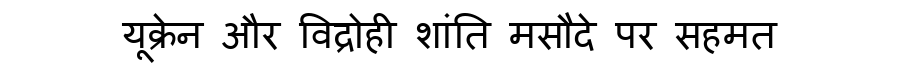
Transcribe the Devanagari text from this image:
यूक्रेन और विद्रोही शांति मसौदे पर सहमत